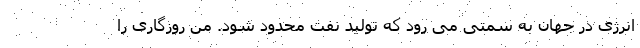
انرژی در جهان به سمتی می رود که تولید نفت محدود شود. من روزگاری را